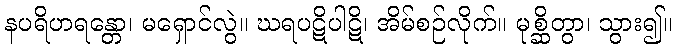
နပရိဟရန္တော၊ မရှောင်လွဲ။ ဃရပဋိပါဋိ၊ အိမ်စဉ်လိုက်။ မုစ္ဆိတွာ၊ သွား၍။